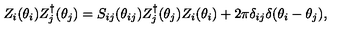
Z _ { i } ( \theta _ { i } ) Z _ { j } ^ { \dagger } ( \theta _ { j } ) = S _ { i j } ( \theta _ { i j } ) Z _ { j } ^ { \dagger } ( \theta _ { j } ) Z _ { i } ( \theta _ { i } ) + 2 \pi \delta _ { i j } \delta ( \theta _ { i } - \theta _ { j } ) ,